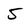
Character: 5